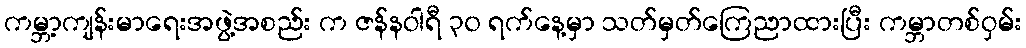
ကမ္ဘာ့ကျန်းမာရေးအဖွဲ့အစည်း က ဇန်နဝါရီ ၃၀ ရက်နေ့မှာ သတ်မှတ်ကြေညာထားပြီး ကမ္ဘာတစ်ဝှမ်း